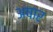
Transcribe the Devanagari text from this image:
अषार